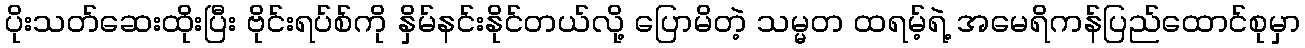
ပိုးသတ်ဆေးထိုးပြီး ဗိုင်းရပ်စ်ကို နှိမ်နင်းနိုင်တယ်လို့ ပြောမိတဲ့ သမ္မတ ထရမ့်ရဲ့ အမေရိကန်ပြည်ထောင်စုမှာ